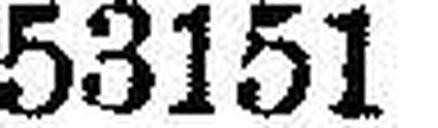
53151